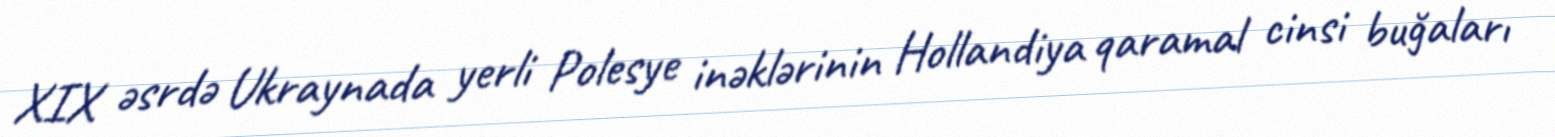
XIX əsrdə Ukraynada yerli Polesye inəklərinin Hollandiya qaramal cinsi buğaları